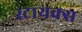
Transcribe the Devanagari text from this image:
स्टायक्स